Vaccination in Burma 1900-1911 - 1900-1911
Year: 1900
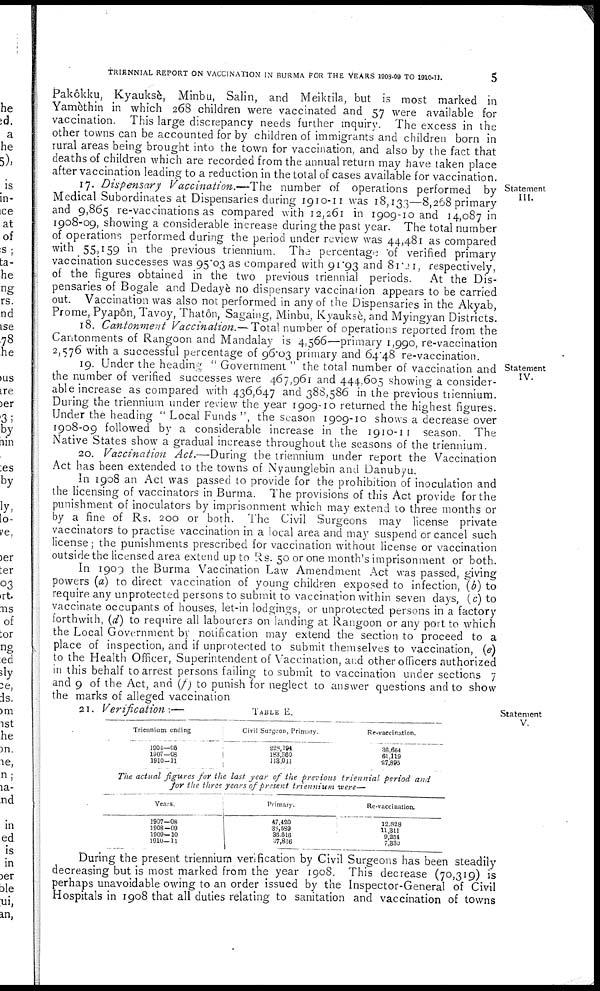
TRIENNIAL REPORT ON VACCINATION IN BURMA FOR THE YEARS 1908-09 TO 1910-11.
5
Pakôkku, Kyauksè, Minbu, Salin, and Meiktila, but is most marked in
Yamèthin in which 268 children were vaccinated and 57 were available for
vaccination. This large discrepancy needs further inquiry. The excess in the
other towns can be accounted for by children of immigrants and children born in
rural areas being brought into the town for vaccination, and also by the fact that
deaths of children which are recorded from the annual return may have taken place
after vaccination leading to a reduction in the total of cases available for vaccination.
Statement
III.
17. Dispensary Vaccination.—The number of operations performed by
Medical Subordinates at Dispensaries during 1910-11 was 18,133—8,268 primary
and 9,865 re-vaccinations as compared with 12,261 in 1909-10 and 14,087 in
1908-09, showing a considerable increase during the past year. The total number
of operations performed during the period under review was 44,481 as compared
with 55,159 in the previous triennium. The percentage of verified primary
vaccination successes was 95.03 as compared with 91.93 and 81.21, respectively,
of the figures obtained in the two previous triennial periods. At the Dis-
pensaries of Bogale and Dedayè no dispensary vaccination appears to be carried
out. Vaccination was also not performed in any of the Dispensaries in the Akyab,
Prome, Pyapôn, Tavoy, Thatôn, Sagaing, Minbu, Kyauksè, and Myingyan Districts.
18. Cantonment Vaccination.—Total number of operations reported from the
Cantonments of Rangoon and Mandalay is 4,566—primary 1,990, re-vaccination
2,576 with a successful percentage of 96.03 primary and 64.48 re-vaccination.
Statement
IV.
19. Under the heading "Government" the total number of vaccination and
the number of verified successes were 467,961 and 444,605 showing a consider-
able increase as compared with 436,647 and 388,586 in the previous triennium.
During the triennium under review the year 1909-10 returned the highest figures.
Under the heading " Local Funds ", the season 1909-10 shows a decrease over
1908-09 followed by a considerable increase in the 1910-11 season. The
Native States show a gradual increase throughout the seasons of the triennium.
20. Vaccination Act.—During the triennium under report the Vaccination
Act has been extended to the towns of Nyaunglebin and Danubyu.
In 1908 an Act was passed to provide for the prohibition of inoculation and
the licensing of vaccinators in Burma. The provisions of this Act provide for the
punishment of inoculators by imprisonment which may extend to three months or
by a fine of Rs. 200 or both. The Civil Surgeons may license private
vaccinators to practise vaccination in a local area and may suspend or cancel such
license; the punishments prescribed for vaccination without license or vaccination
outside the licensed area extend up to Rs. 50 or one month's imprisonment or both.
In 1909 the Burma Vaccination Law Amendment Act was passed, giving
powers (a) to direct vaccination of young children exposed to infection, (b) to
require any unprotected persons to submit to vaccination within seven days, (c) to
vaccinate occupants of houses, let-in lodgings, or unprotected persons in a factory
forthwith, (d) to require all labourers on landing at Rangoon or any port to which
the Local Government by notification may extend the section to proceed to a
place of inspection, and if unprotected to submit themselves to vaccination, (e)
to the Health Officer, Superintendent of Vaccination, and other officers authorized
in this behalf to arrest persons failing to submit to vaccination under sections 7
and 9 of the Act, and (f) to punish for neglect to answer questions and to show
the marks of alleged vaccination
Statement
V.
21. Verification :—
TABLE E.
Triennium ending
1904—05
1907—08
1910—11
Civil Surgeon, Primary.
228,194
183,360
113,011
Re-vaccination.
36,664
61,119
27,893
The actual figures for the last year of the previous triennial period and
for the three years of present triennium were—
Years.
1907—08
1908—09
1909—10
1910—11
Primary.
47,420
38,589
36,616
37,836
Re-vaccination.
12,828
11,311
9,254
7,330
During the present triennium verification by Civil Surgeons has been steadily
decreasing but is most marked from the year 1908. This decrease (70,319) is
perhaps unavoidable owing to an order issued by the Inspector-General of Civil
Hospitals in 1908 that all duties relating to sanitation and vaccination of towns